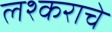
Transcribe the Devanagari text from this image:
लश्कराचे